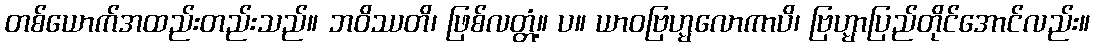
တစ်ယောက်အထည်းတည်းသည်။ ဘဝိဿတိ၊ ဖြစ်လတ္တံ့။ ပ။ ယာဝဗြဟ္မလောကာပိ၊ ဗြဟ္မာပြည်တိုင်အောင်လည်း။